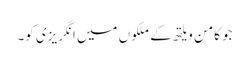
جو کامن ویلتھ کے ملکوں میں انگریزی کو۔